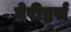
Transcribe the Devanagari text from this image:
बेरीष्टर्स